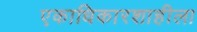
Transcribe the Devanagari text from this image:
एकाधिकारशाहीला